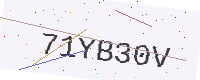
Text: 71YB30V